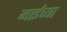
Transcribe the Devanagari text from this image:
माईंच्या